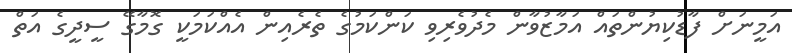
އަމީނަށް ފާޑުކިޔުންތައް އަމާޒުވާން މެދުވެރިވި ކަންކަމުގެ ތެރެއިން އެއްކަމަކީ ގޮމާގޭ ސީދީގެ އަތް